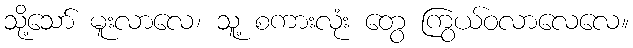
သို့သော် မူးလာလေ၊ သူ့ စကားလုံး တွေ ကြွယ်ဝလာလေလေ။